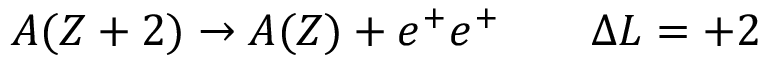
A ( Z + 2 ) \to A ( Z ) + e ^ { + } e ^ { + } \quad \quad \Delta L = + 2